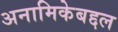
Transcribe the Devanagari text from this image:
अनामिकेबद्दल